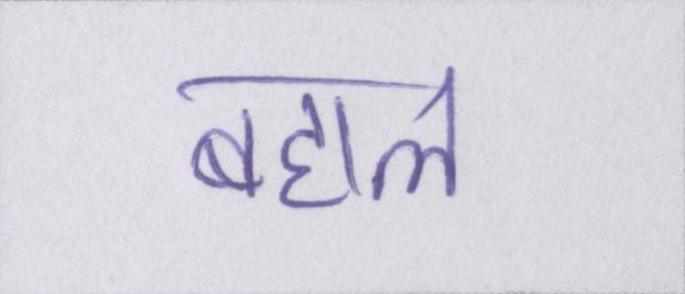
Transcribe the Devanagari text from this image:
बहाल